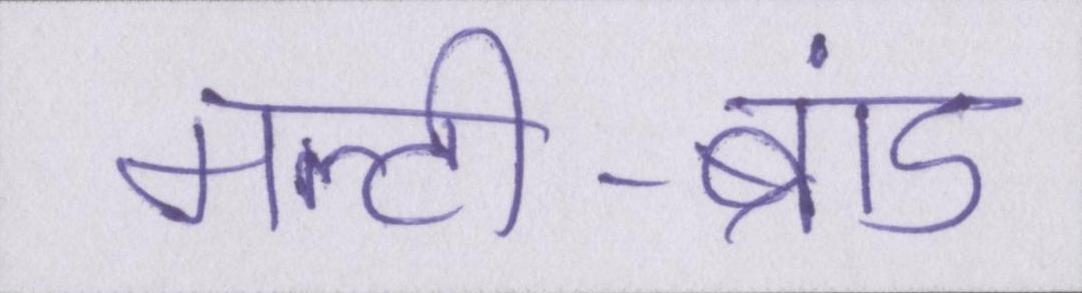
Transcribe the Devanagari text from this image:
मल्टी-ब्रांड